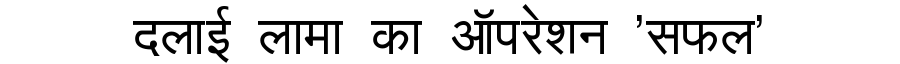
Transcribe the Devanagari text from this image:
दलाई लामा का ऑपरेशन 'सफल'